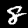
Digit: 8